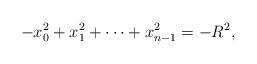
LaTeX: \begin{gather*}-x_{0}^{2}+x_{1}^{2}+\dots +x_{n-1}^{2}=-R^{2} ,\end{gather*}